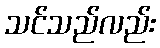
သင်သည်လည်း